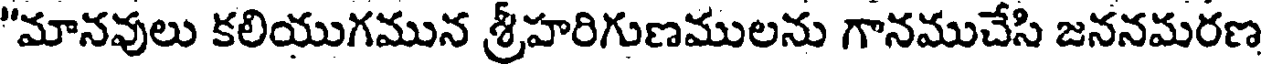
"మానవులు కలియుగమున శ్రీహరిగుణములను గానముచేసి జననమరణ